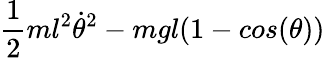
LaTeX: \frac{1}{2}ml^{2}\dot{\theta}^{2}-mgl(1-cos(\theta))